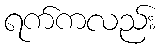
ရက်ကလည်း